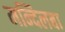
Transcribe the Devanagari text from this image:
मन्दिलबा